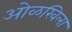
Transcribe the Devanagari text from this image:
ओळखिला